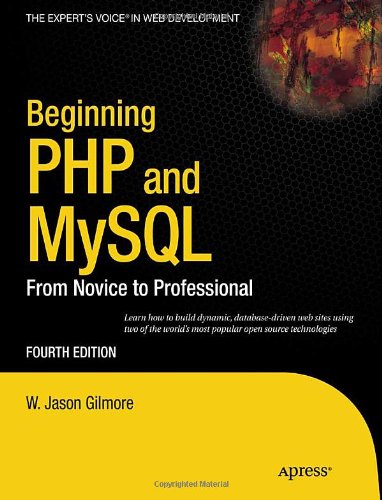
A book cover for Beginning PHP and MySQL: From Novice to Professional (Expert's Voice in Web Development); W Jason Gilmore; Computers & Technology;